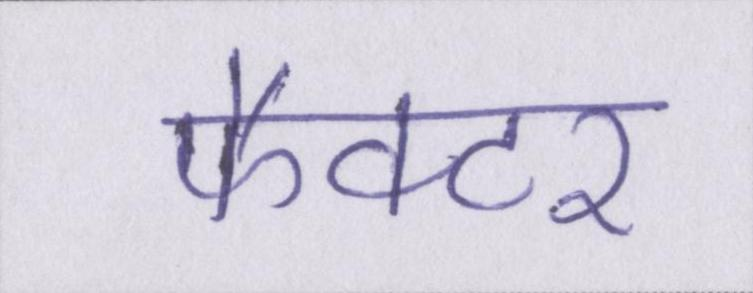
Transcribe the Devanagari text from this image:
फैक्टर